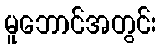
မူဘောင်အတွင်း